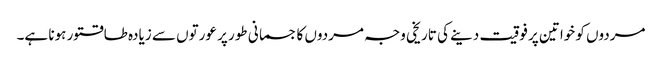
مردوں کو خواتین پر فوقیت دینے کی تاریخی وجہ مردوں کا جسمانی طور پر عورتوں سے زیادہ طاقتور ہونا ہے۔